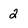
Character: 2